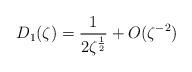
LaTeX: \begin{align*}D_1(\zeta) = \frac{1}{2\zeta^{\frac12}} + O(\zeta^{-2})\end{align*}